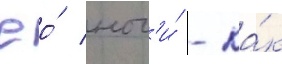
Ео́ ног'и́ - ка́к